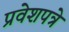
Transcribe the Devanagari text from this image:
प्रवेशपत्रे